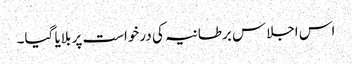
اس اجلاس برطانیہ کی درخواست پر بلایا گیا۔